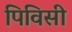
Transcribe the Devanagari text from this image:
पिविसी